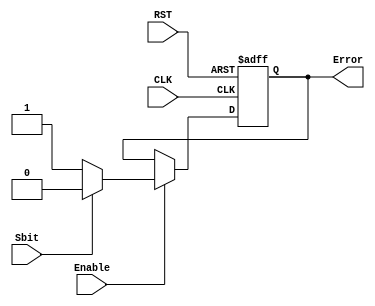
module stp_chk
(
input   wire    CLK,
input   wire    RST,
input   wire    Enable,
input   wire    Sbit,
output  reg     Error
);

always @(posedge CLK or negedge RST)
  begin
    if(!RST)
     begin
        Error <= 1'b0 ;
     end
    else if(Enable)
     begin
        Error <= (Sbit) ? 1'b0 : 1'b1 ;
     end
  end

endmodule